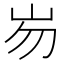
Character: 𱛎